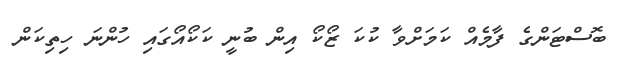
ބޮސްޓަންގެ ފާމެއް ކަމަށްވާ ކުކަ ޒޯކޯ އިން ބުނީ ކަކޯއޯގައި ހުންނަ ހިތިކަން